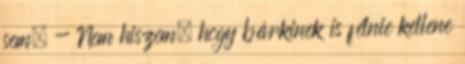
sem. - Nem hiszem, hogy bárkinek is félnie kellene